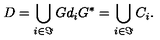
D = \bigcup _ { i \in \Im } G d _ { i } G ^ { * } = \bigcup _ { i \in \Im } C _ { i } .